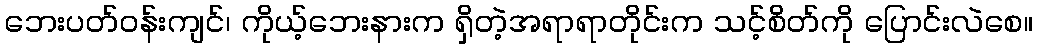
ဘေးပတ်ဝန်းကျင်၊ ကိုယ့်ဘေးနားက ရှိတဲ့အရာရာတိုင်းက သင့်စိတ်ကို ပြောင်းလဲစေ။